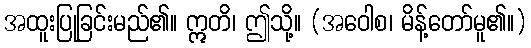
အထူးပြုခြင်းမည်၏။ ဣတိ၊ ဤသို့။ (အဝေါစ၊ မိန့်တော်မူ၏။)